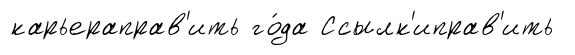
карьераправ'ить го́да Ссылк'иправ'ить